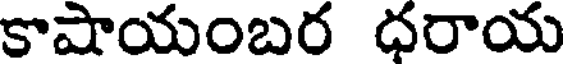
కాషాయంబర ధరాయ